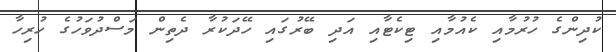
ކުދިންގެ ހުރުމާއި ކެއުމާއި ޓިކެޓާއި އަދި ބޭރުގައި ހޭދަކުރާ ދެތިން މަސްދުވަހުގެ ހުރިހާ